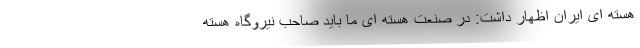
هسته ای ایران اظهار داشت: در صنعت هسته ای ما باید صاحب نیروگاه هسته